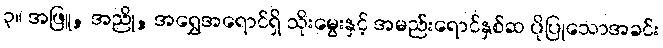
၃။ အဖြူ, အညို, အရွှေအရောင်ရှိ သိုးမွေးနှင့် အမည်းရောင်နှစ်ဆ ပိုပြုသောအခင်း